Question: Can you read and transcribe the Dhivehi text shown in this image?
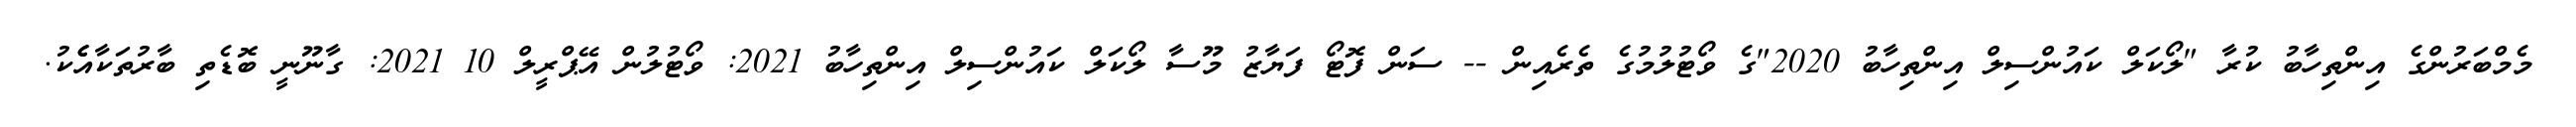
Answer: މެމްބަރުންގެ އިންތިހާބު ކުރާ "ލޯކަލް ކައުންސިލް އިންތިހާބު 2020"ގެ ވޯޓުލުމުގެ ތެރެއިން -- ސަން ފޮޓޯ ފަޔާޒު މޫސާ ލޯކަލް ކައުންސިލް އިންތިހާބު 2021: ވޯޓުލުން އޭޕްރީލް 10 2021: ގާނޫނީ ބޮޑެތި ބާރުތަކާއެެކު.